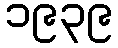
၁၉၃၉